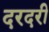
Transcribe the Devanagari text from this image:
दरदरी